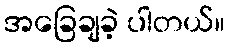
အခြေချခဲ့ ပါတယ်။